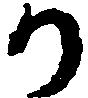
か